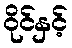
ဝိုင်နှင့်